Civil Veterinary Dept. Assam report 1911-1927 - 1911-1927
Year: 1911
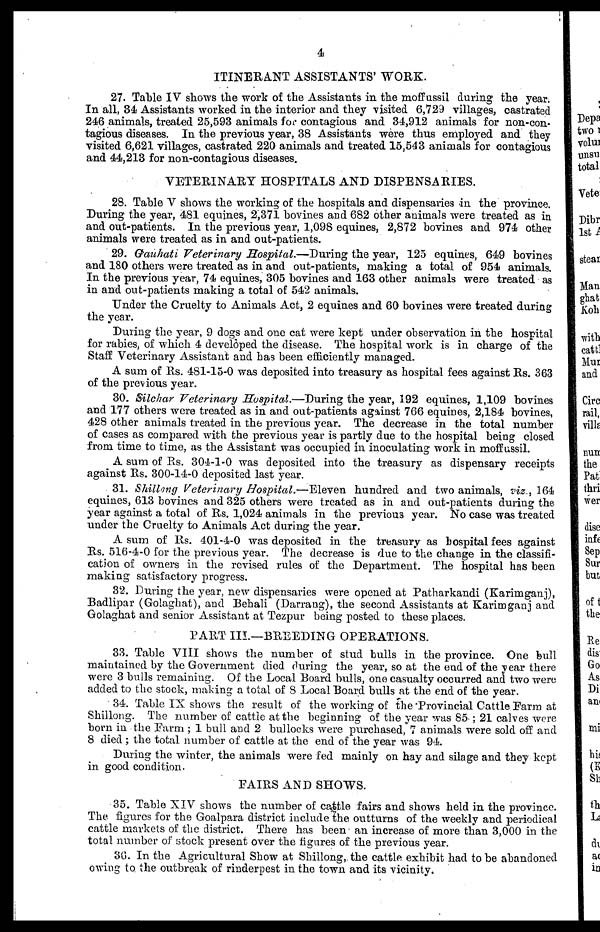
4
ITINERANT ASSISTANTS' WORK.
27. Table IV shows the work of the Assistants in the moffussil during the year.
In all, 34 Assistants worked in the interior and they visited 6,729 villages, castrated
246 animals, treated 25,593 animals for contagious and 34,912 animals for non-con-
tagious diseases. In the previous year, 38 Assistants were thus employed and they
visited 6,621 villages, castrated 220 animals and treated 15,543 animals for contagious
and 44,213 for non-contagious diseases.
VETERINARY HOSPITALS AND DISPENSARIES.
28. Table V shows the working of the hospitals and dispensaries in the province.
During the year, 481 equines, 2,371 bovines and 682 other animals were treated as in
and out-patients. In the previous year. 1,098 equines, 2,872 bovines and 974 other
animals were treated as in and out-patients.
29. Gauhati Veterinary Hospital.—During the year, 125 equines, 649 bovines
and 180 others were treated as in and out-patients, making a total of 954 animals.
In the previous year, 74 equines, 305 bovines and 163 other animals were treated as
in and out-patients making a total of 542 animals.
Under the Cruelty to Animals Act, 2 equines and 60 bovines were treated during
the year.
During the year, 9 dogs and one cat were kept under observation in the hospital
for rabies, of which 4 developed the disease. The hospital work is in charge of the
Staff Veterinary Assistant and has been efficiently managed.
A sum of Rs. 481-15-0 was deposited into treasury as hospital fees against Rs. 363
of the previous year.
30. Silchar Veterinary Hospital.—During the year, 192 equines , 1,109 bovines
and 177 others were treated as in and out-patients against 766 equines, 2,184 bovines,
428 other animals treated in the previous year. The decrease in the total number
of cases as compared with the previous year is partly due to the hospital being closed
from time to time, as the Assistant was occupied in inoculating work in moffussil.
A sum of Rs. 304-1-0 was deposited into the treasury as dispensary receipts
against Rs. 300-14-0 deposited last year.
31. Shillong Veterinary Hospital.—Eleven hundred and two animals, viz., 164
equines, 613 bovines and 325 others were treated as in and out-patients during the
year against a total of Rs. 1,024 animals in the previous year. No case was treated
under the Cruelty to Animals Act during the year.
A sum of Rs. 401-4-0 was deposited in the treasury as hospital fees against
Rs. 516-4-0 for the previous year. The decrease is due to the change in the classifi-
cation of owners in the revised rules of the Department. The hospital has been
making satisfactory progress.
32. During the year, new dispensaries were opened at Patharkandi (Karimganj),
Badlipar (Golaghat), and Behali (Darrang), the second Assistants at Karimganj and
Golaghat and senior Assistant at Tezpur being posted to these places.
PART III.—BREEDING OPERATIONS.
33. Table VIII shows the number of stud bulls in the province. One bull
maintained by the Government died during the year, so at the end of the year there
were 3 bulls remaining. Of the Local Board bulls, one casualty occurred and two were
added to the stock, making a total of 8 Local Board bulls at the end of the year.
34. Table IX shows the result of the working of the Provincial Cattle Farm at
Shillong. The number of cattle at the beginning of the year was 85 ; 21 calves were
born in the Farm ; 1 bull and 2 bullocks were purchased, 7 animals were sold off and
8 died ; the total number of cattle at the end of the year was 94.
During the winter, the animals were fed mainly on hay and silage and they kept
in good condition.
FAIRS AND SHOWS.
35. Table XIV shows the number of cattle fairs and shows held in the province.
The figures for the Goalpara district include the outturns of the weekly and periodical
cattle markets of the district. There has been an increase of more than 3,000 in the
total number of stock present over the figures of the previous year.
36. In the Agricultural Show at Shillong , the cattle exhibit had to be abandoned
owing to the outbreak of rinderpest in the town and its vicinity.